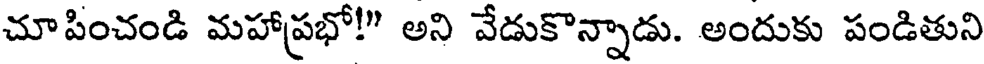
చూపించండి మహాప్రభో!" అని వేడుకొన్నాడు. అందుకు పండితుని